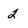
Character: 2